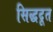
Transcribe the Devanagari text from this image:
सिद्धदूत